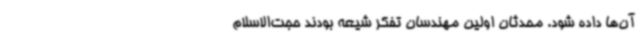
آن‌ها داده شود. محدثان اولین مهندسان تفکر شیعه بودند حجت‌الاسلام